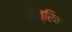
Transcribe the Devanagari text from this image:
सौत्रिक